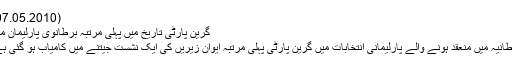
(07.05.2010)
گرین پارٹی تاریخ میں پہلی مرتبہ برطانوی پارلیمان میں
برطانیہ میں منعقد ہونے والے پارلیمانی انتخابات میں گرین پارٹی پہلی مرتبہ ایوانِ زیریں کی ایک نشست جیتنے میں کامیاب ہو گئی ہے۔